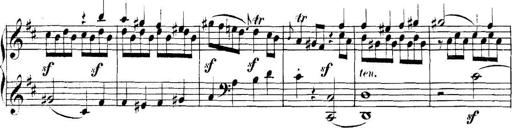
Title: Collected Piano Sonatas
Composer: Muzio Clementi